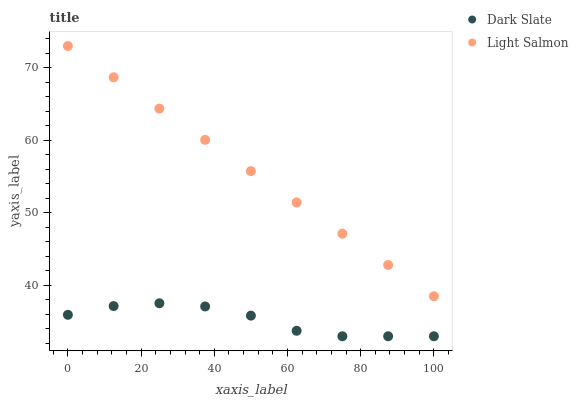
| xaxis_label | Dark Slate | Light Salmon |
 | --- | --- | --- |
 | 0 | 36 | 73 |
 | 12.5 | 37.2 | 68.7 |
 | 25 | 37.5 | 64.4 |
 | 37.5 | 37.1 | 60.1 |
 | 50 | 35.8 | 55.8 |
 | 62.5 | 33.8 | 51.4 |
 | 75 | 33 | 47.1 |
 | 87.5 | 33 | 42.8 |
 | 100 | 33 | 38.5 |